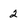
Character: 2